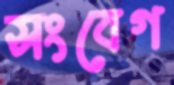
সংবেগ